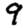
Digit: 9